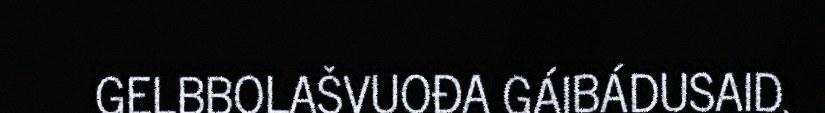
GELBBOLAŠVUOĐA GÁIBÁDUSAID.